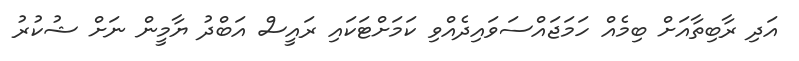
އަދި ރާބިތާއަށް ބިމެއް ހަމަޖައްސަވައިދެއްވި ކަމަށްޓަކައި ރައީސް އަބްދު ޔާމީން ނަށް ޝުކުރު